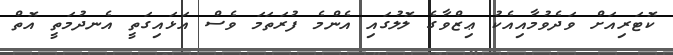
ކޮޓަރިއަށް ވަދެވުމާއިއެކު ޢިޒްވާގެ ލޮލުގައި އެންމެ ފުރަތަމަ ވެސް އަޅައިގަތީ އެނދުމަތީ އޮތް